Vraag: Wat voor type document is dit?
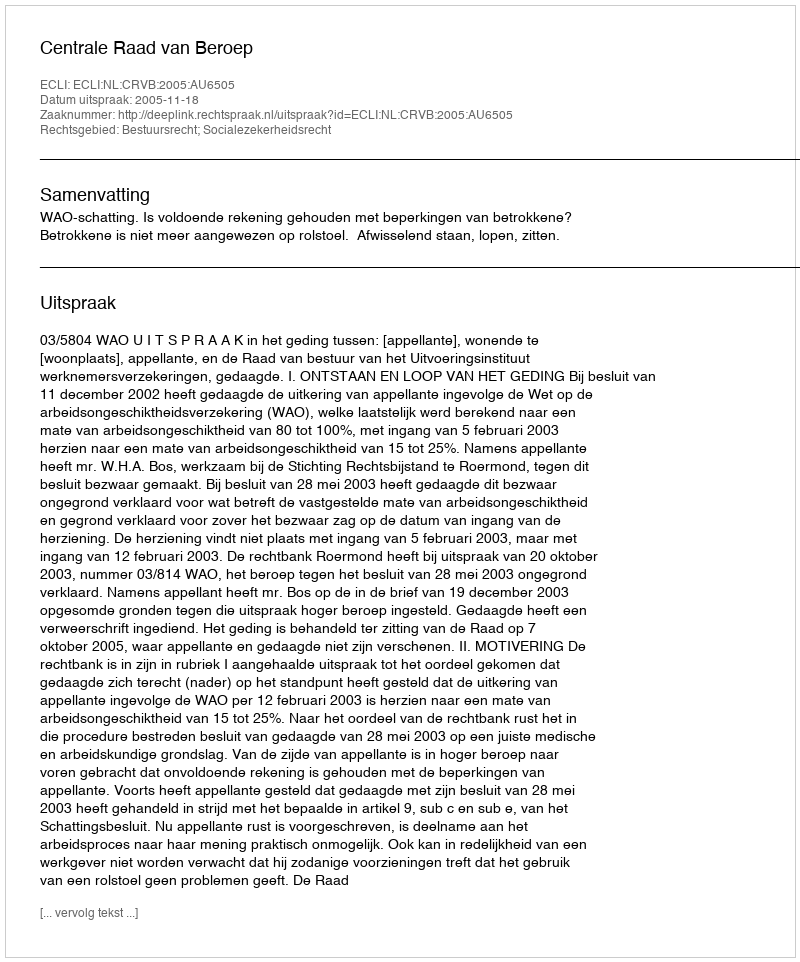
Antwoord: Uitspraak